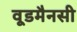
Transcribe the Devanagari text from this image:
वूडमैनसी